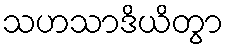
သဟသာဒိယိတွာ